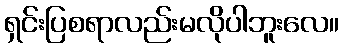
ရှင်းပြစရာလည်းမလိုပါဘူးလေ။